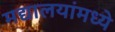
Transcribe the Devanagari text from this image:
मद्यालयांमध्ये